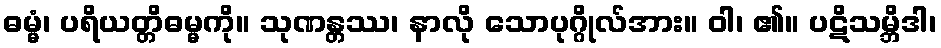
ဓမ္မံ၊ ပရိယတ္တိဓမ္မကို။ သုဏန္တဿ၊ နာလို သောပုဂ္ဂိုလ်အား။ ဝါ၊ ၏။ ပဋိသမ္ဘိဒါ၊